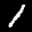
Label: 1